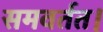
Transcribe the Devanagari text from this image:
समवर्तत।